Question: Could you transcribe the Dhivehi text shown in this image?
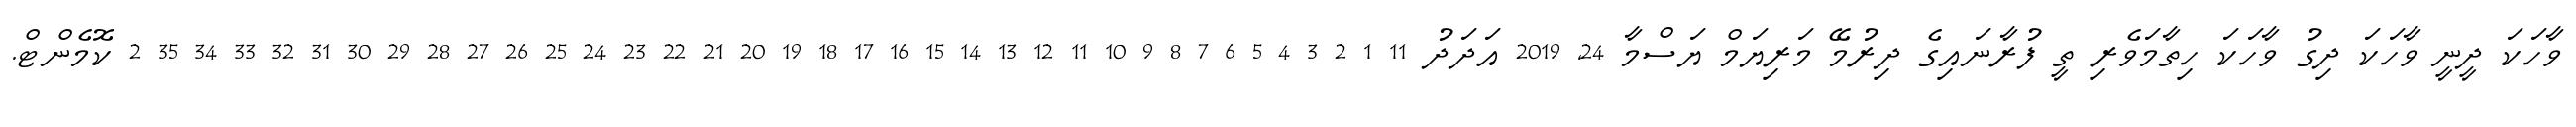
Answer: ވާހަކަ ދީނީ ވާހަކަ ދިގު ވާހަކަ ހިތާމަވެރި ތީ ފުރާނައިގެ ދިރުމޭ މަރިޔަމް ޔަސްމާ 24, 2019 އަދަދު 11 1 2 3 4 5 6 7 8 9 10 11 12 13 14 15 16 17 18 19 20 21 22 23 24 25 26 27 28 29 30 31 32 33 34 35 2 ކޮމެންޓް.